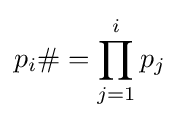
p_{i}\#=\prod _{j=1}^{i}p_{j}